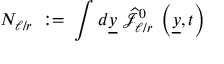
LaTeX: N _ { \ell / r } \; : = \; \int d \underline { { { y } } } ~ \widehat { { \mathcal J } } _ { \ell / r } ^ { 0 } \; \left( \underline { { { y } } } , t \right)